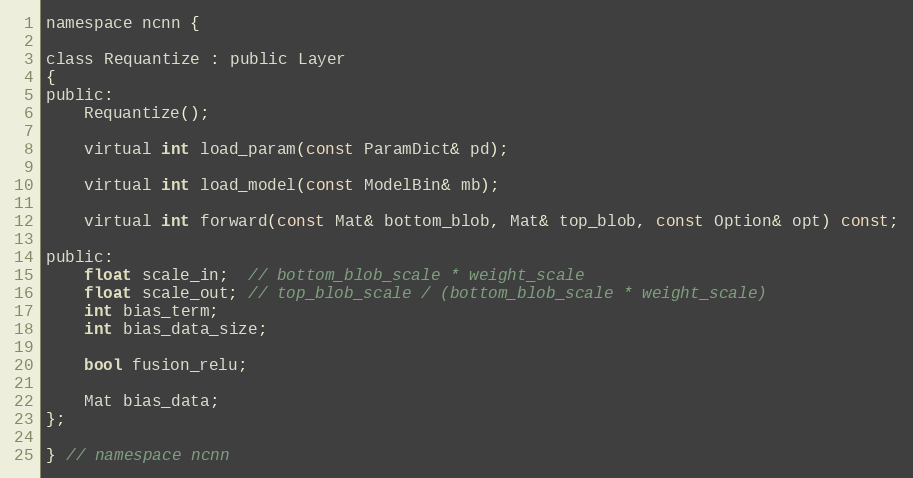
Language: C
namespace ncnn {

class Requantize : public Layer
{
public:
    Requantize();

    virtual int load_param(const ParamDict& pd);

    virtual int load_model(const ModelBin& mb);

    virtual int forward(const Mat& bottom_blob, Mat& top_blob, const Option& opt) const;

public:
    float scale_in;  // bottom_blob_scale * weight_scale
    float scale_out; // top_blob_scale / (bottom_blob_scale * weight_scale)
    int bias_term;
    int bias_data_size;

    bool fusion_relu;

    Mat bias_data;
};

} // namespace ncnn